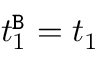
t _ { 1 } ^ { \mathtt { B } } = t _ { 1 }